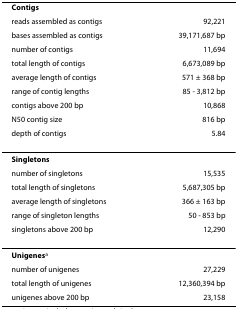
<table><thead><tr><td><b>Contigs</b></td><td></td></tr><tr><td><b>reads assembled as contigs</b></td><td><b>92,221</b></td></tr><tr><td><b>bases assembled as contigs</b></td><td><b>39,171,687 bp</b></td></tr><tr><td><b>number of contigs</b></td><td><b>11,694</b></td></tr><tr><td><b>total length of contigs</b></td><td><b>6,673,089 bp</b></td></tr><tr><td><b>average length of contigs</b></td><td><b>571 ± 368 bp</b></td></tr><tr><td><b>range of contig lengths</b></td><td><b>85 - 3,812 bp</b></td></tr><tr><td><b>contigs above 200 bp</b></td><td><b>10,868</b></td></tr><tr><td><b>N50 contig size</b></td><td><b>816 bp</b></td></tr><tr><td><b>depth of contigs</b></td><td><b>5.84</b></td></tr></thead><tbody><tr><td><b>Singletons</b></td><td></td></tr><tr><td>number of singletons</td><td>15,535</td></tr><tr><td>total length of singletons</td><td>5,687,305 bp</td></tr><tr><td>average length of singletons</td><td>366 ± 163 bp</td></tr><tr><td>range of singleton lengths</td><td>50 - 853 bp</td></tr><tr><td>singletons above 200 bp</td><td>12,290</td></tr><tr><td><b>Unigenes</b><sup>a</sup></td><td></td></tr><tr><td>number of unigenes</td><td>27,229</td></tr><tr><td>total length of unigenes</td><td>12,360,394 bp</td></tr><tr><td>unigenes above 200 bp</td><td>23,158</td></tr></tbody></table>